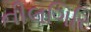
નીલગિરિ